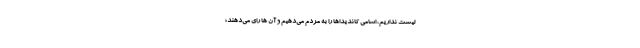
لیست نداریم، اسامی کاندیداها را به مردم می‌دهیم و آن ها رای می‌دهند؛